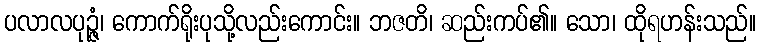
ပလာလပုဉ္ဇံ၊ ကောက်ရိုးပုသို့လည်းကောင်း။ ဘဇတိ၊ ဆည်းကပ်၏။ သော၊ ထိုရဟန်းသည်။